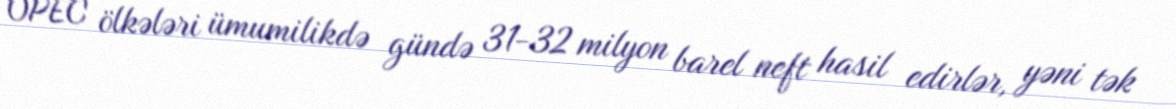
OPEC ölkələri ümumilikdə gündə 31-32 milyon barel neft hasil edirlər, yəni tək